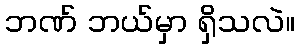
ဘဏ် ဘယ်မှာ ရှိသလဲ။